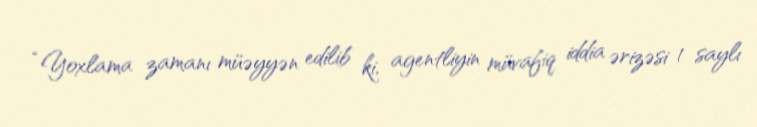
“Yoxlama zamanı müəyyən edilib ki, agentliyin müvafiq iddia ərizəsi 1 saylı